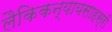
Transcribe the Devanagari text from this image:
लैकिकन्यायसाहस्री